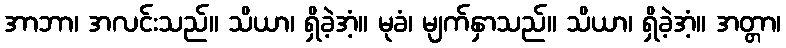
အာဘာ၊ အလင်းသည်။ သိယာ၊ ရှိခဲ့အံ့။ မုခံ၊ မျက်နှာသည်။ သိယာ၊ ရှိခဲ့အံ့။ အတ္တာ၊